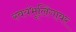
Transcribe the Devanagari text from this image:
स्वयंभूलिंगावर